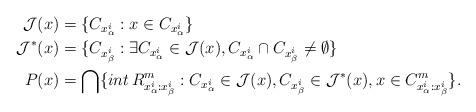
LaTeX: \begin{align*}\mathcal{J}(x)&=\{C_{x^i_{\alpha}}:x\in C_{x^i_{\alpha}}\}\\\mathcal{J}^{*}(x)&=\{C_{x^i_{\beta}}:\exists C_{x^i_{\alpha}}\in\mathcal{J}(x), C_{x^i_{\alpha}}\cap C_{x^i_{\beta}}\neq\emptyset\}\\P(x)&=\bigcap\{int\, R_{x^i_{\alpha}:x^i_{\beta}}^m: C_{x^i_{\alpha}}\in\mathcal{J}(x), C_{x^i_{\beta}}\in\mathcal{J}^{*}(x),x \in C_{x^i_{\alpha}:x^i_{\beta}}^m\}.\end{align*}